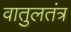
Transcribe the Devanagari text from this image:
वातुलतंत्र